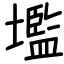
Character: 壏